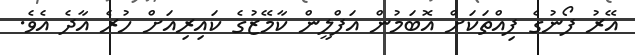
އޭރު ފޯނުގެ ފިއްތަކަށް އޮބަމުން އަފްލީން ކާމޭޒުގެ ކައިރިއަށް ހުރެ އާދެ އެވެ.